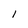
Character: 1